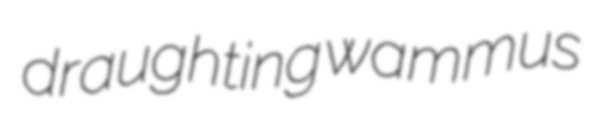
draughting wammus